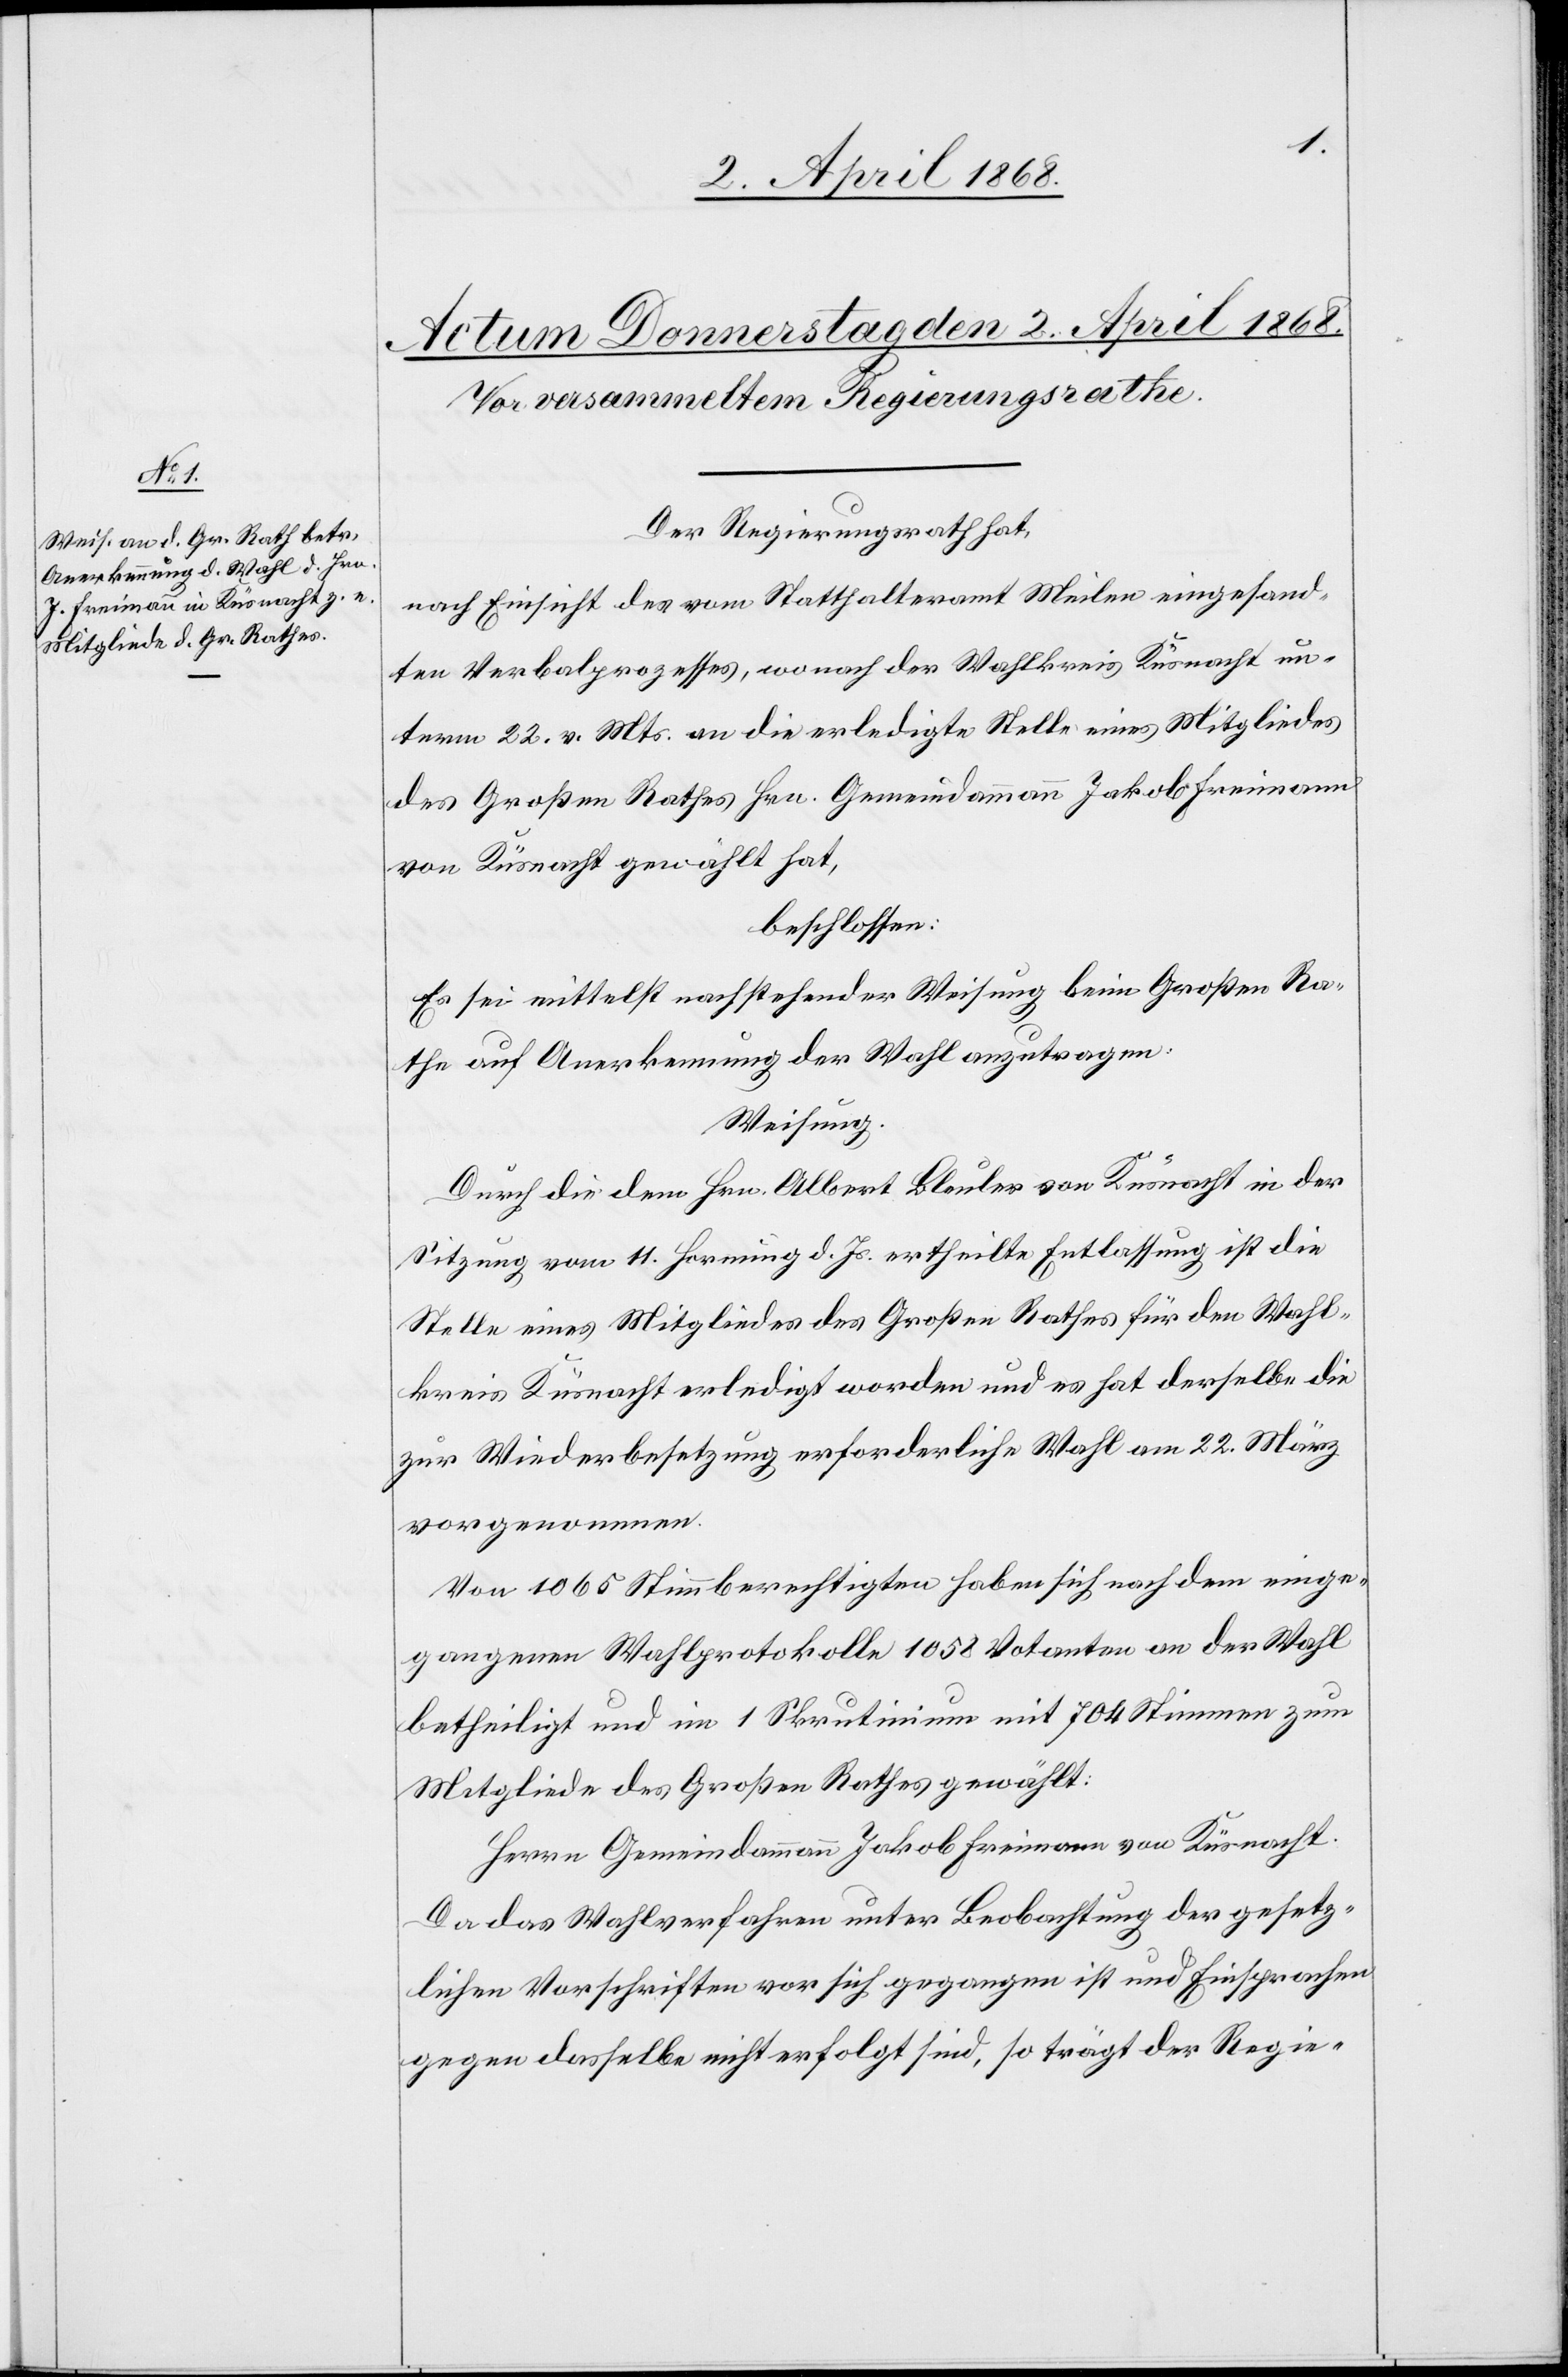
Der Regierungsrath hat,
nach Einsicht des vom Statthalteramt Meilen eingesand¬
ten Verbalprozesses, wonach der Wahlkreis Küsnacht un¬
term 22. v. Mts. an die erledigte Stelle eines Mitgliedes
des Großen Rathes Hrn. Gemeindammann Jakob Freimann
von Küsnacht gewählt hat,
beschlossen:
Es sei mittelst nachstehender Weisung beim Großen Ra¬
the auf Anerkennung der Wahl anzutragen.
Weisung.
Durch die dem Hrn. Albert Bleuler von Küsnacht in der
Sitzung vom 11. Hornung d. Js. ertheilte Entlassung ist die
Stelle eines Mitgliedes des Großen Rathes für den Wahl¬
kreis Küsnacht erledigt worden und es hat derselbe die
zur Wiederbesetzung erforderliche Wahl am 22. März
vorgenommen.
Von 1065 Stimmberechtigten haben sich nach dem einge¬
gangenen Wahlprotokolle 1058 Votanten an der Wahl
betheiligt und im 1 Skrutinium mit 704 Stimmen zum
Mitgliede des Großen Rathes gewählt:
Herrn Gemeindammann Jakob Freimann von Küsnacht.
Da das Wahlverfahren unter Beobachtung der gesetz¬
lichen Vorschriften vor sich gegangen ist und Einsprachen
gegen dasselbe nicht erfolgt sind, so trägt der Regie-